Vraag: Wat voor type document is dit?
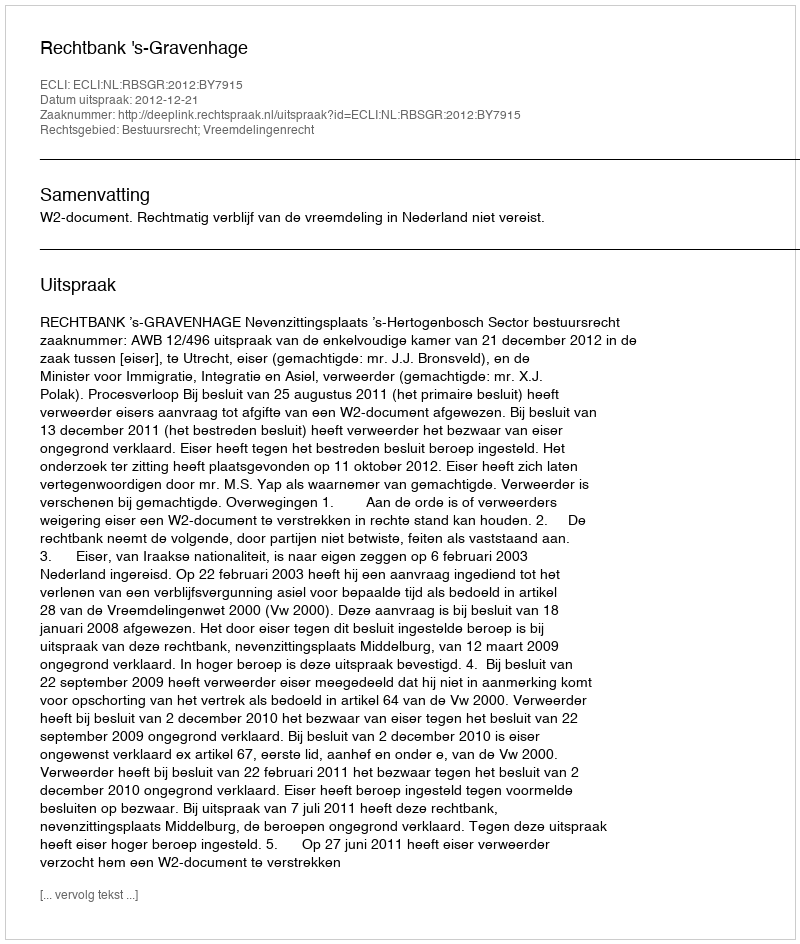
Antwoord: Uitspraak